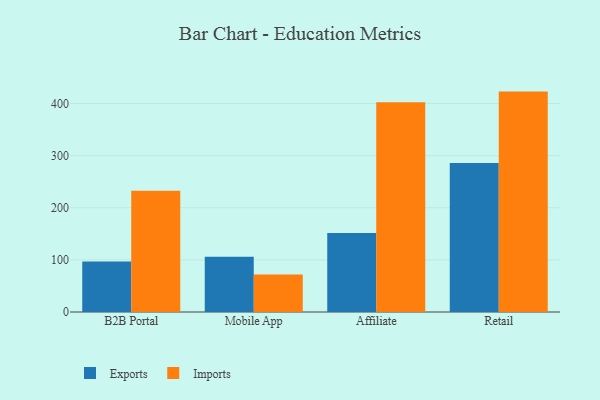
{"axis": {"x": "Channel", "y": "Backlog"}, "legend": ["Exports", "Imports"], "data": [{"x": "B2B Portal", "y": 97.1, "type": "Exports"}, {"x": "B2B Portal", "y": 232.5, "type": "Imports"}, {"x": "Mobile App", "y": 105.9, "type": "Exports"}, {"x": "Mobile App", "y": 72.0, "type": "Imports"}, {"x": "Affiliate", "y": 151.7, "type": "Exports"}, {"x": "Affiliate", "y": 402.6, "type": "Imports"}, {"x": "Retail", "y": 286.0, "type": "Exports"}, {"x": "Retail", "y": 422.9, "type": "Imports"}]}